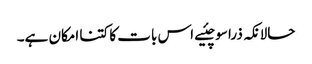
حالانکہ ذرا سوچئیے اس بات کا کتنا امکان ہے۔